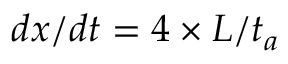
{ d x } / { d t } = { 4 \times L } / { t _ { a } }